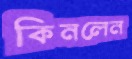
কিনলেন